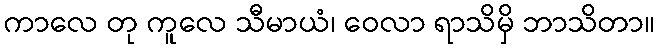
ကာလေ တု ကူလေ သီမာယံ၊ ဝေလာ ရာသိမှိ ဘာသိတာ။